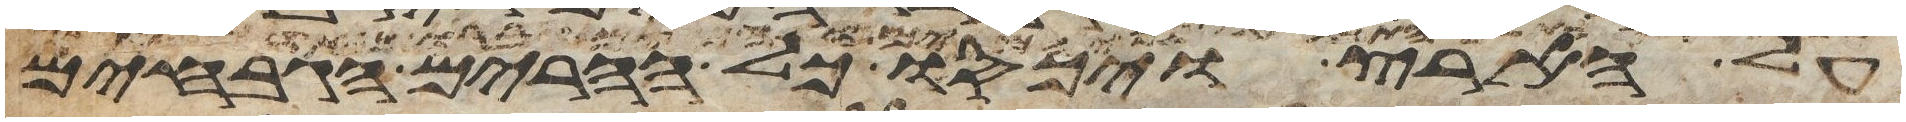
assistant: על הארץ ויכסו כל ההרים הגבחים